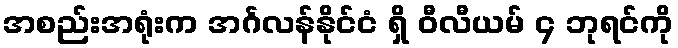
အစည်းအရုံးက အင်္ဂလန်နိုင်ငံ ရှိ ဝီလီယမ် ၄ ဘုရင်ကို